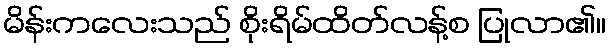
မိန်းကလေးသည် စိုးရိမ်ထိတ်လန့်စ ပြုလာ၏။